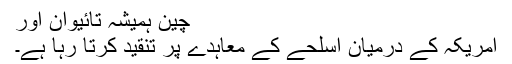
چین ہمیشہ تائیوان اور
امریکہ کے درمیان اسلحے کے معاہدے پر تنقید کرتا رہا ہے۔